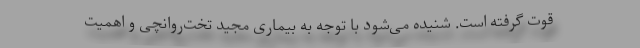
قوت گرفته است. شنیده می‌شود با توجه به بیماری مجید تخت‌روانچی و اهمیت